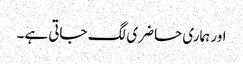
اور ہماری حاضری لگ جاتی ہے۔